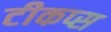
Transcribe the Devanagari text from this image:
टीकप्स